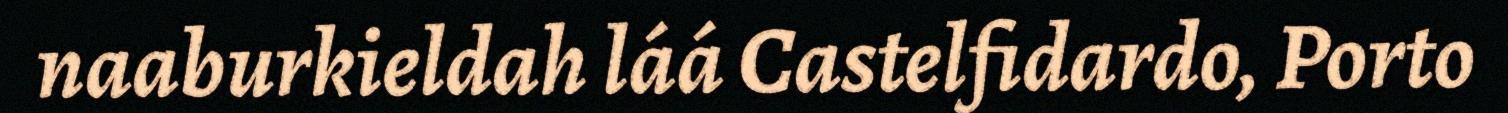
naaburkieldah láá Castelfidardo, Porto